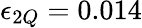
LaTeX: \epsilon_{2Q}=0.014